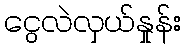
ငွေလဲလှယ်နှုန်း